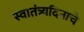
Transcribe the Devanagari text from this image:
स्वातंत्र्यदिनाचे